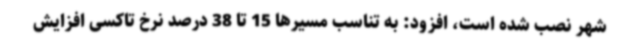
شهر نصب شده است، افزود: به تناسب مسیرها 15 تا 38 درصد نرخ تاکسی افزایش